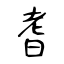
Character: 耆